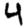
Digit: 4